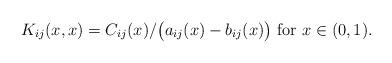
LaTeX: \begin{align*}K_{ij} (x,x)= C_{ij}(x) / \big(a_{ij}(x) - b_{ij}(x) \big) \mbox{ for } x \in (0, 1).\end{align*}